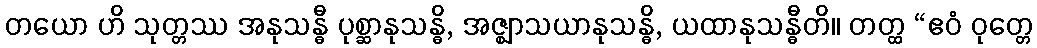
တယော ဟိ သုတ္တဿ အနုသန္ဓီ ပုစ္ဆာနုသန္ဓိ, အဇ္ဈာသယာနုသန္ဓိ, ယထာနုသန္ဓီတိ။ တတ္ထ “ဧဝံ ဝုတ္တေ